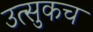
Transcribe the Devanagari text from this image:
उत्सुकच